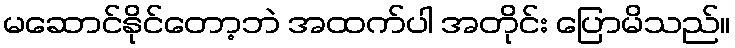
မဆောင်နိုင်တော့ဘဲ အထက်ပါ အတိုင်း ပြောမိသည်။